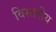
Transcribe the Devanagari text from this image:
विस्तरीय